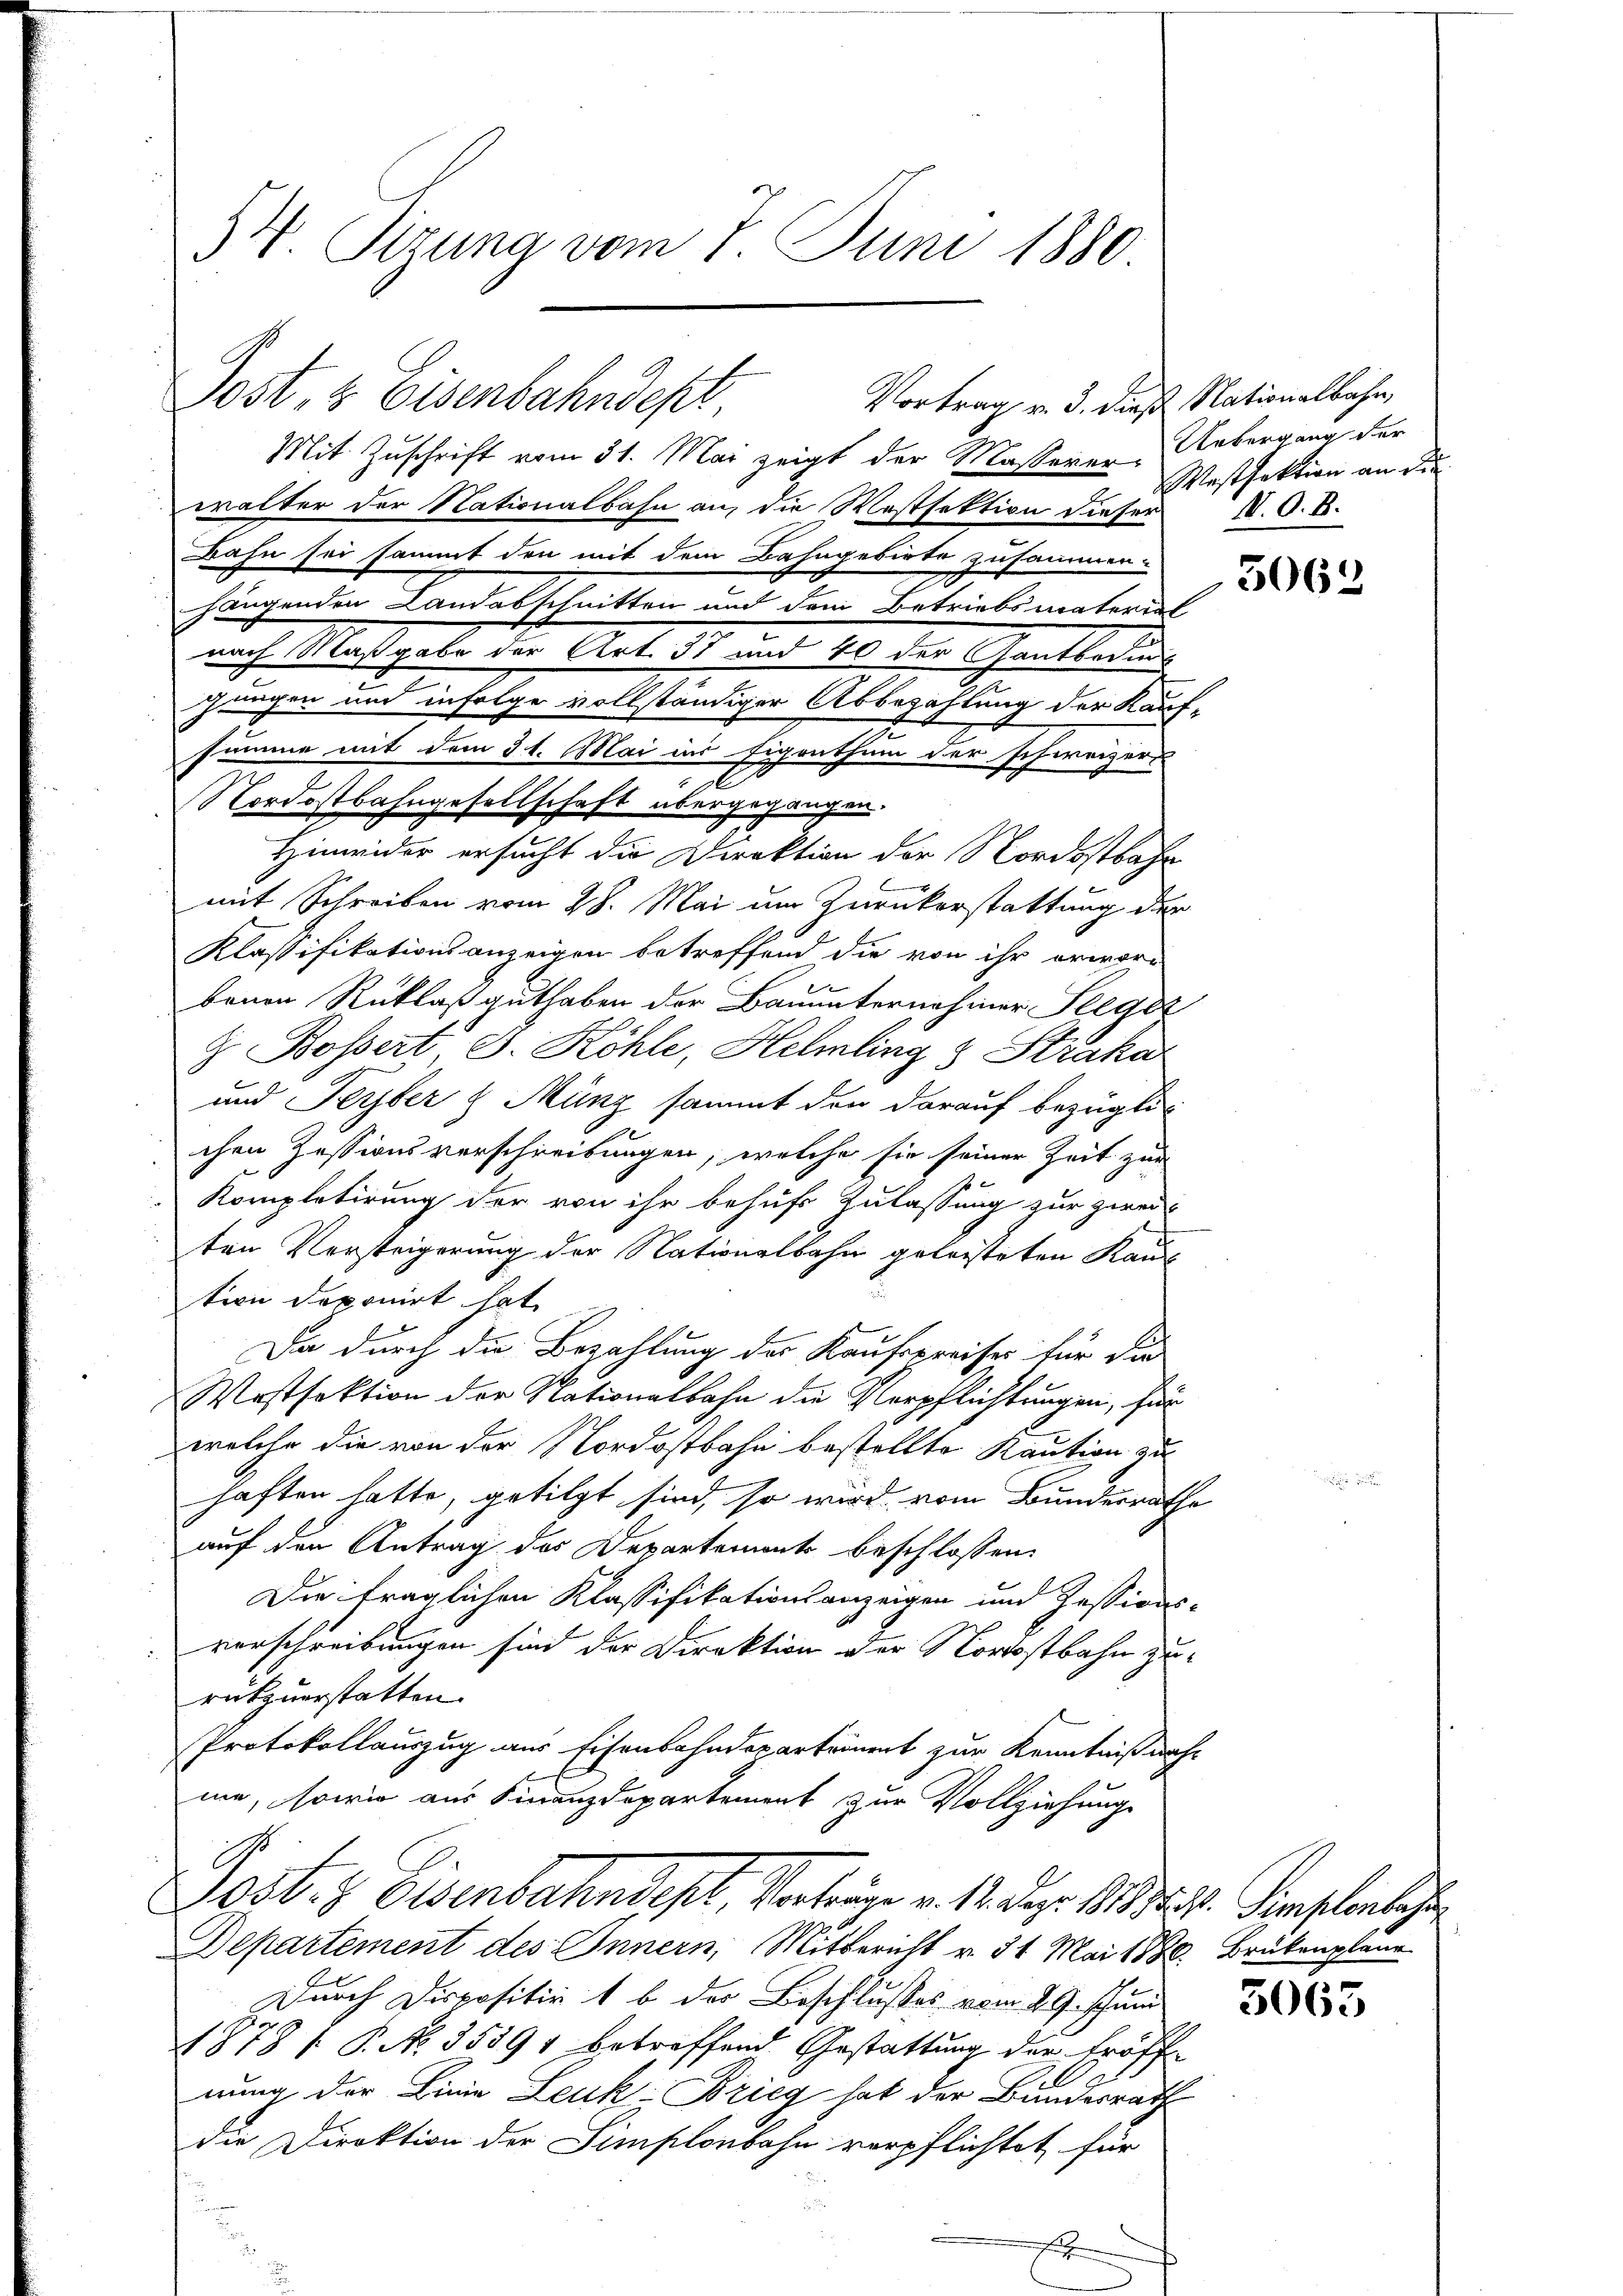
34. Sizung vom 1. Juni 1880

Vortrag v. 3. dieß Nationalbahn,
Post, & Eisenbahndept

Mit Zuschrift vom 31. Mai zeigt der Masserer-Uebergang der
walter der Nationalbahn an, die Westfektion dieser I. O. B.
Bahn sei sammt den mit dem Bahngebiete zusammen-
hangenden Landabschnitten und dem Betriebsmaterial
nach Maßgabe der Art. 51 und 40 der Gantbedungs
gungen und infolge vollständiger Abbezahlung der Kaufsumme mit dem 31. Mai ins Eigenthum der schweizer
e
Nordostbahngesellschaft übergegangen.
Hinwider ersucht die Direktion der Nordostbahr
mit Schreiben vom 28. Mai um Zurückerstattung der
Klassifikationsanzeigen betreffend die von ihr erwore
benen Rüklaß guthaben der Bauunternehmer Illgoz
J. Bossert, 3. Köhle, Helmling & Straka
und Serber & Münz sammt den darauf bezüglich
chen Zessionsverschreibungen, welche sie seiner Zeit zur
Kompletirung der von ihr behufs Zulassung zur zwei-
ten Versteigerung der Nationalbahn geleisteten Kaus
tion deponirt hat,
Da durch die Bezahlung des Kaufspreiser für die
Westfaktion der Nationalbahn die Verpflichtungen, für
welche die von der Nordostbahn bestellte Kaution zu
haften hatte, getilgt sind, so wird vom Bundesrathe
auf den Antrag des Departement beschlossen:
Die fraglichen Klassifikationsanzeigen und Zessions-
vorschreibungen sind der Direktion der Nordostbahn zurükzuerstatten.
Protokollauszug aus Eisenbahnderartement zur Kenntniß nahe
me, sowie aus Finanzdepartement zur Vollziehung
G
Post- & Eisenbahndept, Vorträge v. 12. Dez. 1888. Simplorbeha
Departement des Innern, Mitbericht v. 31. Mai 1880 Brükenplane
Durch Dispositiv 1 b der Beschlusses vom 29. Juni
1878 f. P. No. 35591 betreffend Gestattung der Eröff-
nung der Linie Leuk Brieg hat der Bundesrath
die Direktion der Simplonbahn verpflichtet für
u

Westfaktion an die

5062

3063